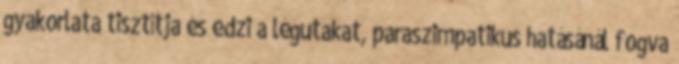
gyakorlata tisztítja és edzi a légutakat, paraszimpatikus hatásánál fogva